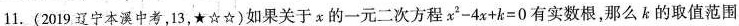
1.(2019辽宁本溪中考，13，★☆☆)如果关于x的一元二次方程$$x^{2} - 4 x + k = 0$$有实数根，那么k的取值范围